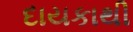
દાયકાથી